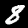
Label: 8